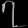
Digit: ၇